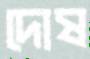
দোষ